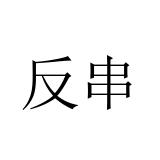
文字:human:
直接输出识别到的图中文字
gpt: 反串